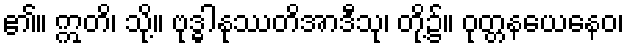
၏။ ဣတိ၊ သို့။ ဗုဒ္ဓါနုဿတိအာဒီသု၊ တို့၌။ ဝုတ္တနယေနေဝ၊